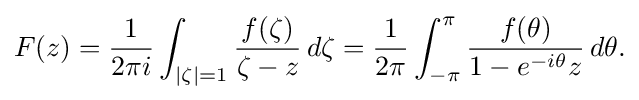
\displaystyle {F(z)={1 \over 2\pi i}\int _{|\zeta |=1}{f(\zeta ) \over \zeta -z}\,d\zeta ={1 \over 2\pi }\int _{-\pi }^{\pi }{f(\theta ) \over 1-e^{-i\theta }z}\,d\theta .}